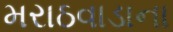
મરાઠવાડાના